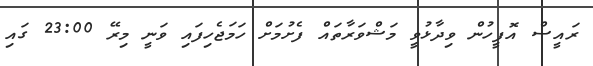
ރައީސް އޮފީހުން ވިދާޅުވީ މަޝްވަރާތައް ފެށުމަށް ހަމަޖެހިފައި ވަނީ މިރޭ 23:00 ގައި